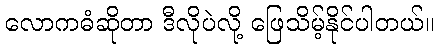
လောကဓံဆိုတာ ဒီလိုပဲလို့ ဖြေသိမ့်နိုင်ပါတယ်။